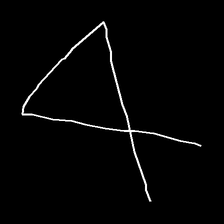
Glyph: collection